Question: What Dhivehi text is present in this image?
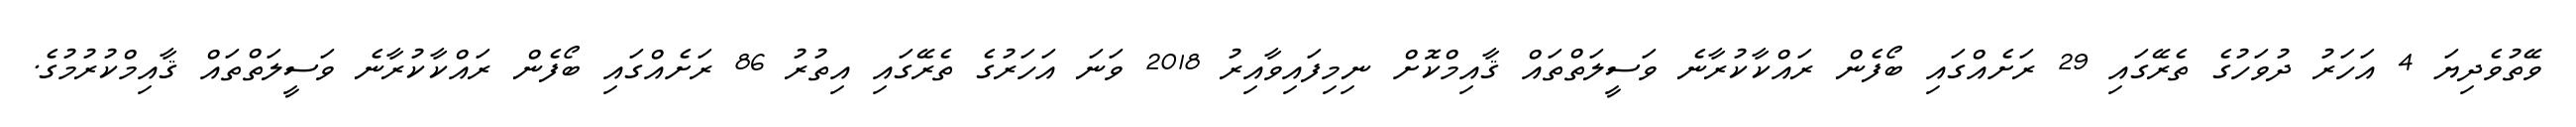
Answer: ވޭތުވެދިޔަ 4 އަހަރު ދުވަހުގެ ތެރޭގައި 29 ރަށެއްގައި ބޯފެން ރައްކާކުރާނެ ވަސީލަތްތައް ޤާއިމްކޮށް ނިމިފައިވާއިރު 2018 ވަނަ އަހަރުގެ ތެރޭގައި އިތުރު 86 ރަށެއްގައި ބޯފެން ރައްކާކުރާނެ ވަސީލަތްތައް ޤާއިމްކުރުމުގެ.